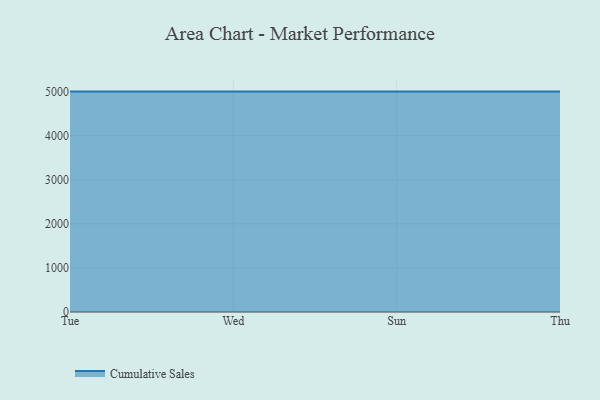
{"axis": {"x": "Day", "y": "Customer Acquisition Cost (USD)"}, "legend": ["Cumulative Sales"], "data": [{"x": "Tue", "y": 5000, "type": "Cumulative Sales"}, {"x": "Wed", "y": 5000, "type": "Cumulative Sales"}, {"x": "Sun", "y": 5000, "type": "Cumulative Sales"}, {"x": "Thu", "y": 5000, "type": "Cumulative Sales"}]}